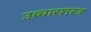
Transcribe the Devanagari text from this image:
उच्चारशस्त्र